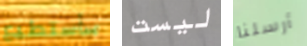
سأستطيع ليست أرسلنا